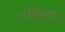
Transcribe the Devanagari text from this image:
पदिवूयी